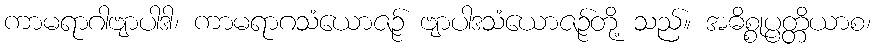
ကာမရာဂါဗျာပါဒါ၊ ကာမရာဂသံယောဇဉ် ဗျာပါဒသံယောဇဉ်တို့ သည်။ အဓိစ္စုပ္ပတ္တိယာစ၊